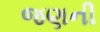
જણની